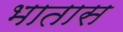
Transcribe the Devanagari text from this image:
भातास